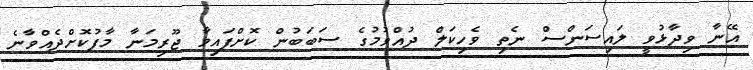
އޭނާ ވިދާޅުވީ ލައިސަންސް ނެތި ވެހިކަލް ދުއްވުމުގެ ސަބަބުން ކޮށްފައިވާ ޖޫރިމަނާ މާފުކޮށްދެއްވާނެ